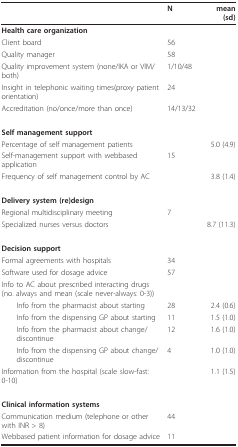
|  | N | mean (sd) |
 | --- | --- | --- |
 | Health care organization |  |  |
 | Client board | 56 |  |
 | Quality manager | 58 |  |
 | Quality improvement system (none/IKA or VIM/both) | 1/10/48 |  |
 | Insight in telephonic waiting times(proxy patient orientation) | 24 |  |
 | Accreditation (no/once/more than once) | 14/13/32 |  |
 | Self management support |  |  |
 | Percentage of self management patients |  | 5.0 (4.9) |
 | Self-management support with webbased application | 15 |  |
 | Frequency of self management control by AC |  | 3.8 (1.4) |
 | Delivery system (re)design |  |  |
 | Regional multidisciplinary meeting | 7 |  |
 | Specialized nurses versus doctors |  | 8.7(11.3) |
 | Decision support |  |  |
 | Formal agreements with hospitals | 34 |  |
 | Software used for dosage advice | 57 |  |
 | Info to AC about prescribed interacting drugs (no. always and mean (scale never-always: 0-3)) |  |  |
 | Info from the pharmacist about starting | 28 | 2.4 (0.6) |
 | Info from the dispensing GP about starting | 11 | 1.5 (1.0) |
 | Info from the pharmacist about change/discontinue | 12 | 1.6 (1.0) |
 | Info from the dispensing GP about change/discontinue | 4 | 1.0 (1.0) |
 | Information from the hospital (scale slow-fast: 0-10) |  | 1.1 (1.5) |
 | Clinical information systems |  |  |
 | Communication medium (telephone or other with INR > 8) | 44 |  |
 | Webbased patient information for dosage advice | 11 |  |